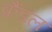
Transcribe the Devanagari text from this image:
क्रैंडल